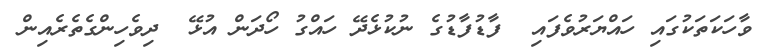
ވާހަކަތަކުގައި ހައްޔަރުވެފައި  ފާޑުފާޑުގެ ނުކުޅެދޭ ހައްގު ހޯދަން އުޅޭ  ދިވެހިންގެތެރެއިން